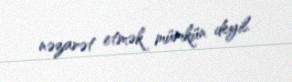
nəzarət etmək mümkün deyil.